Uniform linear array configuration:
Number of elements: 48
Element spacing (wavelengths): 0.25
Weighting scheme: hann
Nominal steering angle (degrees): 15
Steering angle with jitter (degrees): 15.253
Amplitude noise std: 0.05
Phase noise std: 0.05

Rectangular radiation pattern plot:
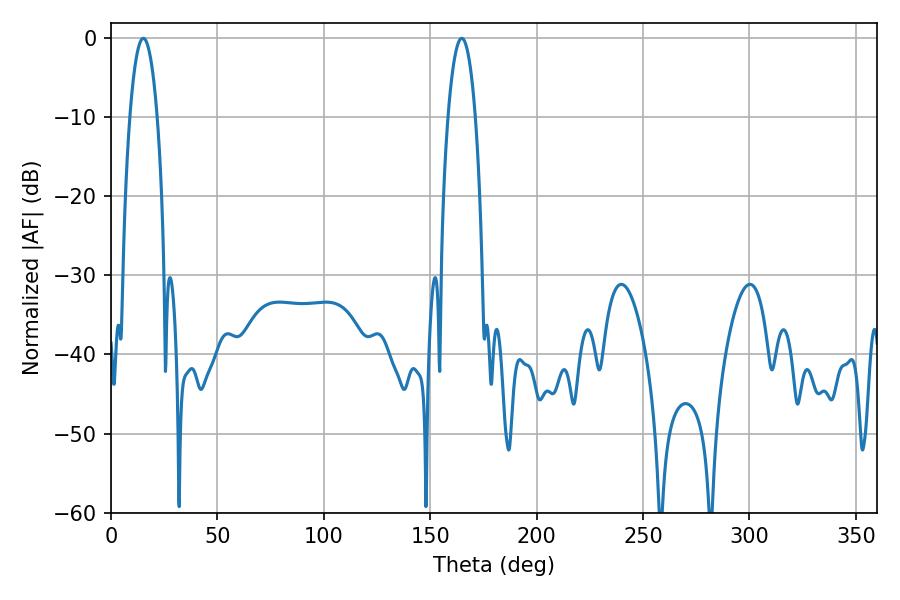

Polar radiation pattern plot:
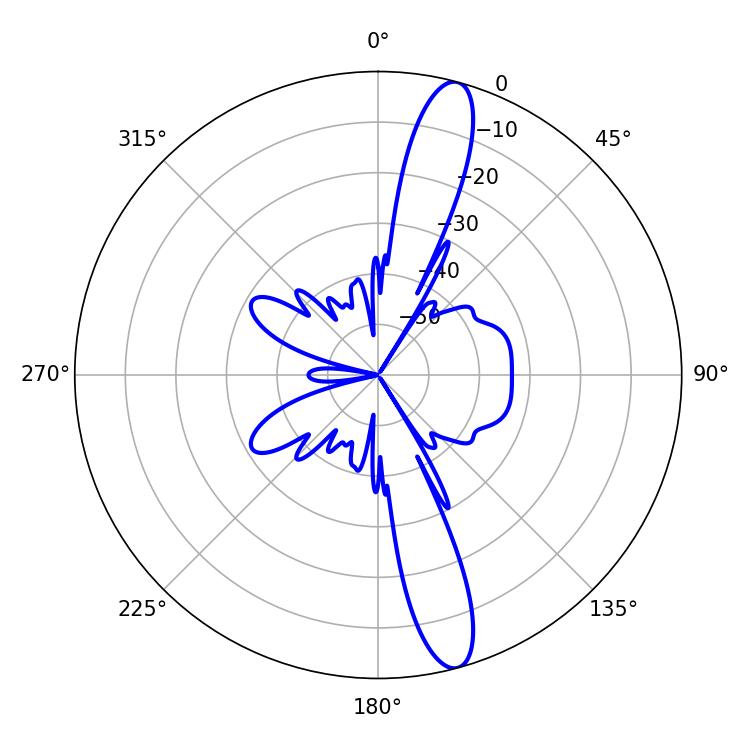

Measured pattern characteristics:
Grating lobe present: FALSE
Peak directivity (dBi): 14.541
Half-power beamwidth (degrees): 7.02
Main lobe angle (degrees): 15.12